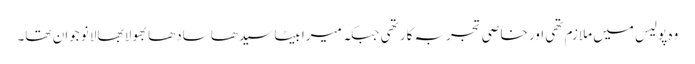
وہ پولیس میں ملازم تھی اور خاصی تجربہ کار تھی جبکہ میرا بیٹا سیدھا سادھا بھولا بھالا نوجوان تھا۔